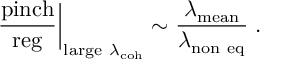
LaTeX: \left. { \frac { \mathrm { p i n c h } } { \mathrm { r e g } } } \right| _ { \mathrm { l a r g e \ } \lambda _ { \mathrm { c o h } } } \sim { \frac { \lambda _ { \mathrm { m e a n } } } { \lambda _ { \mathrm { n o n \ e q } } } } \; .